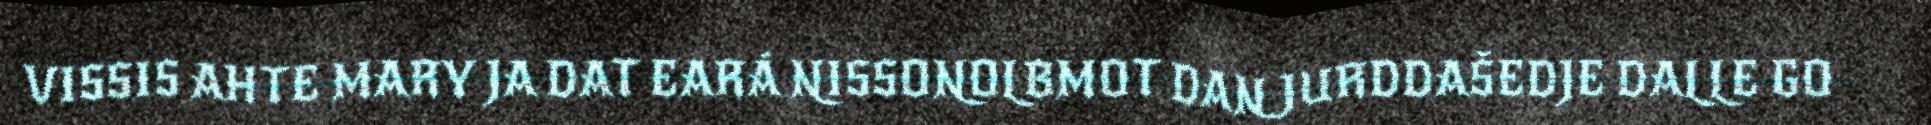
VISSIS AHTE MARY JA DAT EARÁ NISSONOLBMOT DAN JURDDAŠEDJE DALLE GO